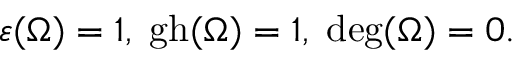
\varepsilon ( \Omega ) = 1 , \; \mathrm { g h } ( \Omega ) = 1 , \; \mathrm { d e g } ( \Omega ) = 0 .